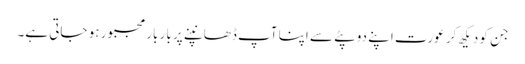
جن کو دیکھ کر عورت اپنے دوپٹے سے اپنا آپ ڈھانپنے پر بار بار مجبور ہو جاتی ہے۔